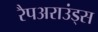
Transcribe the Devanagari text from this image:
रैपअराउंड्स